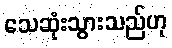
သေဆုံးသွားသည်ဟု